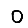
Digit: 0